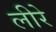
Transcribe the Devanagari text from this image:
लीरे